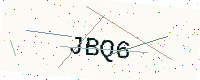
Text: JBQ6